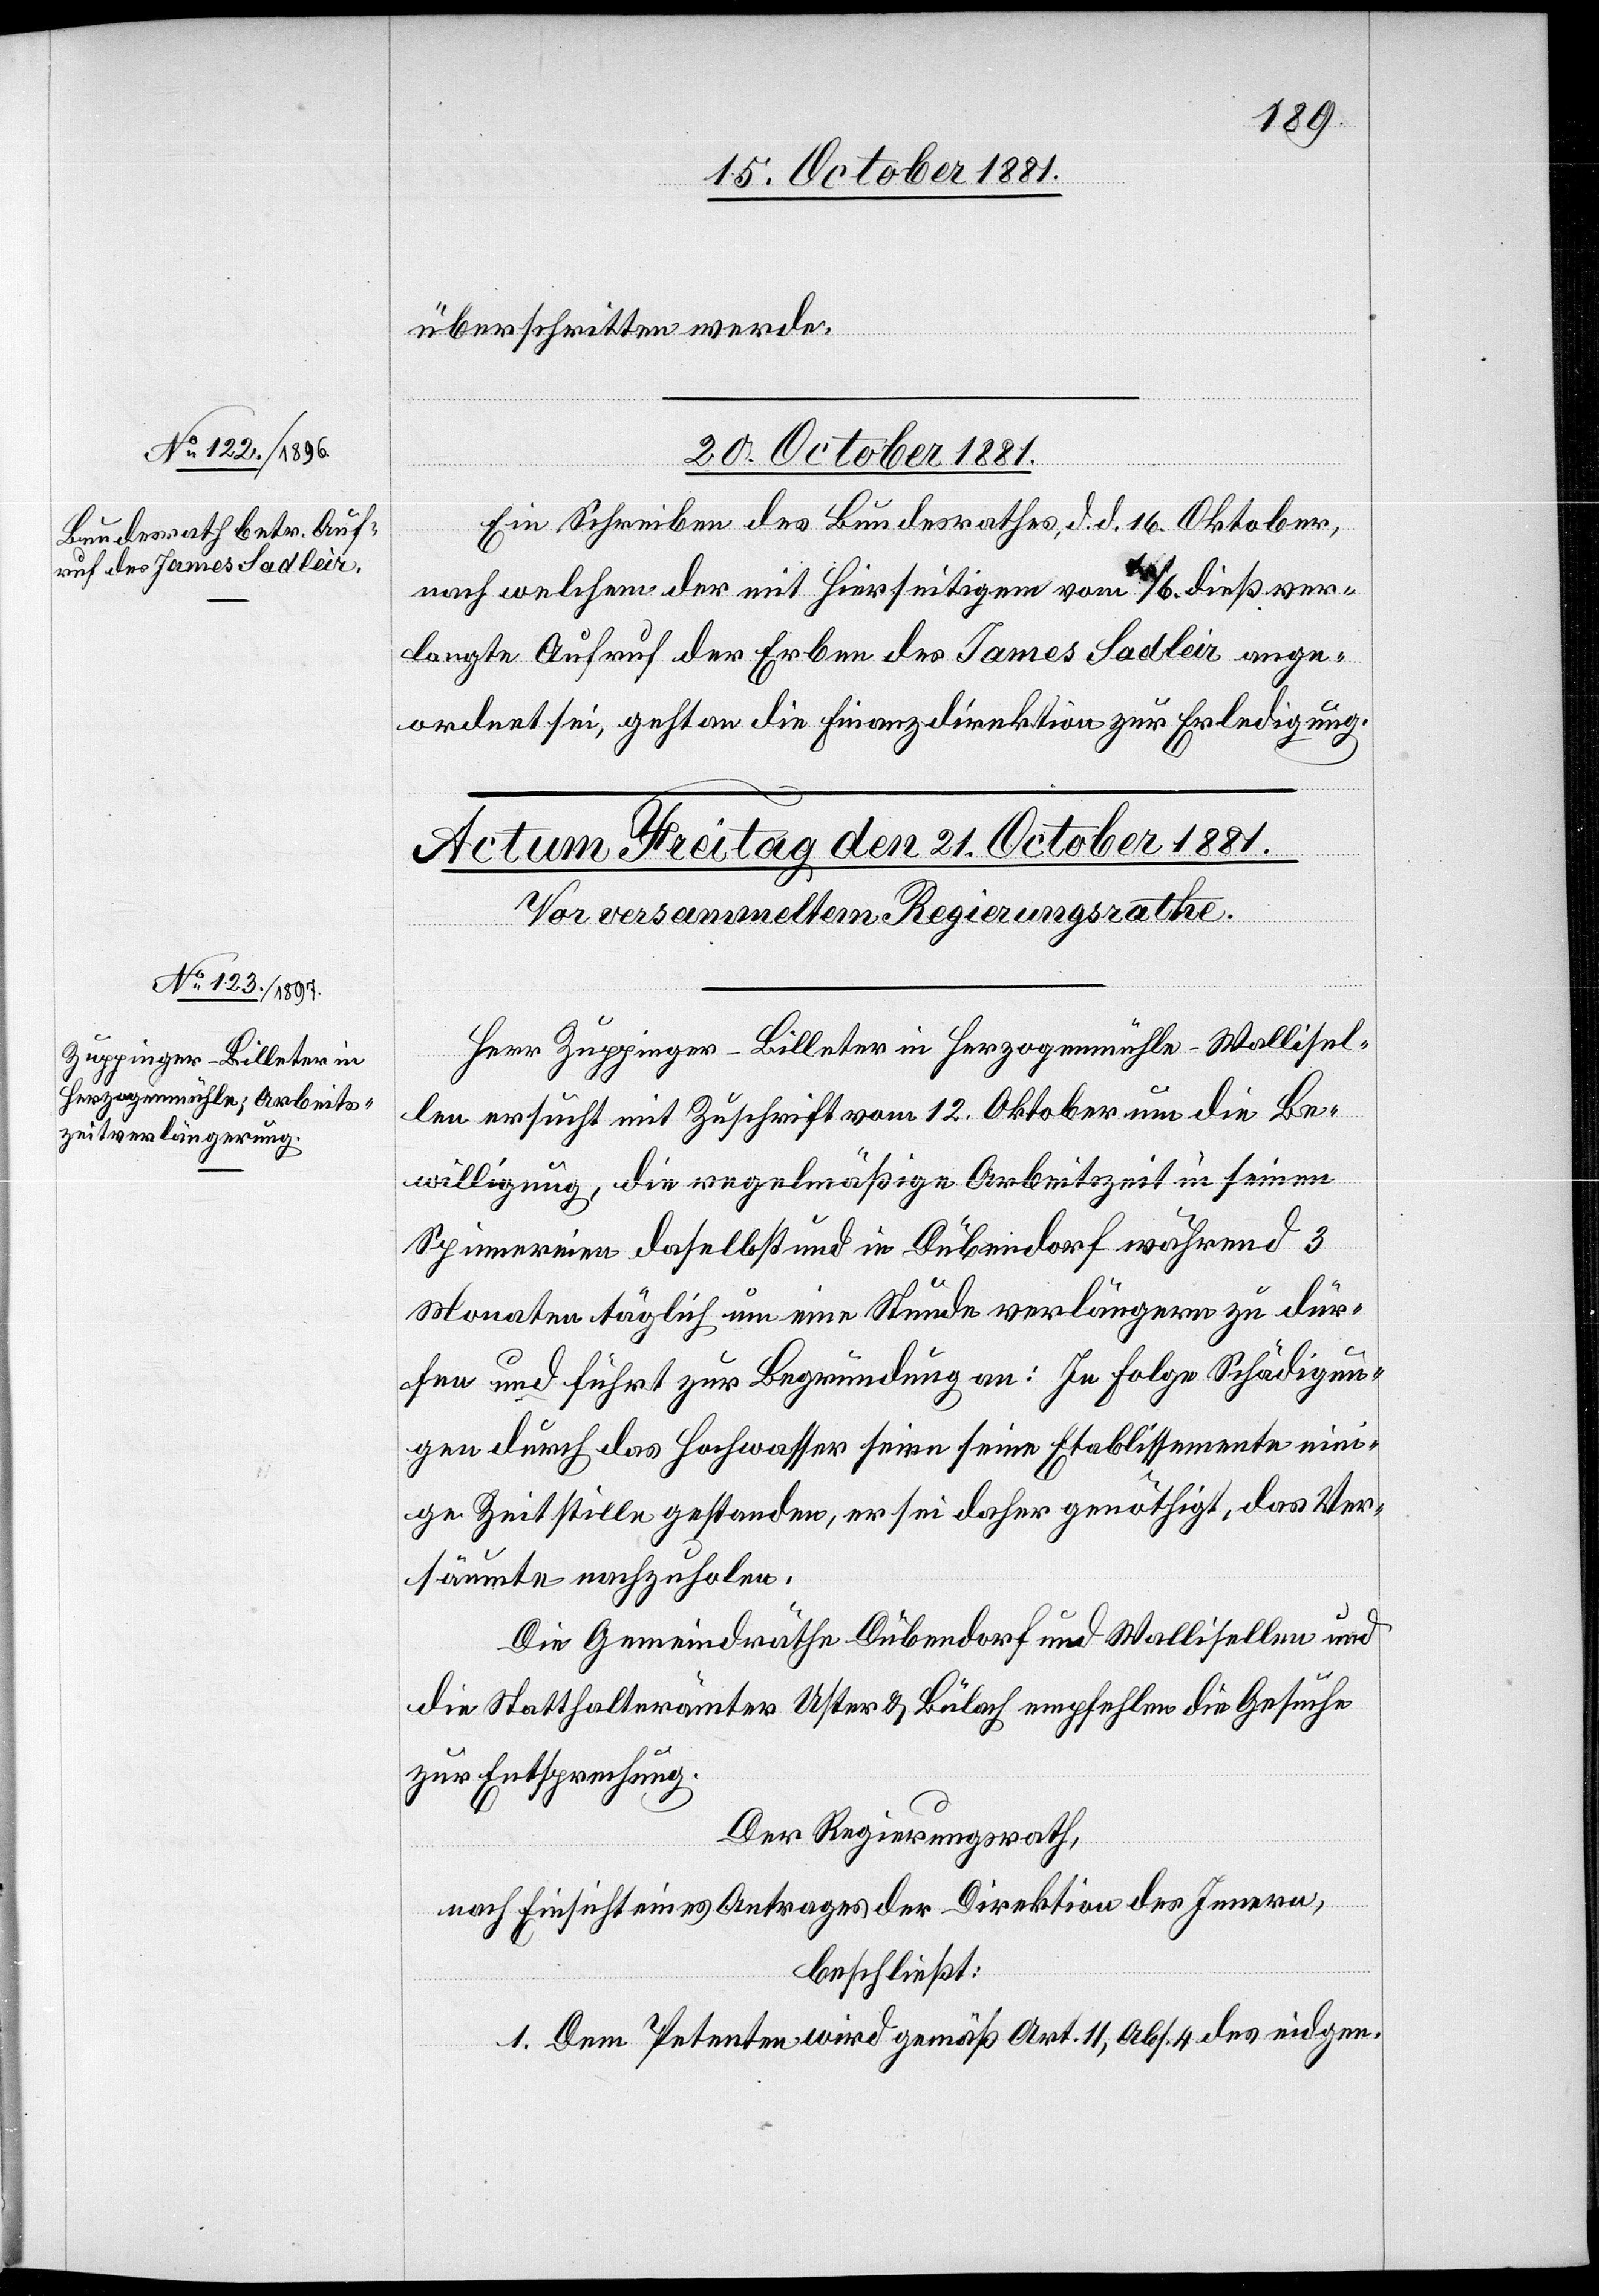
überschritten werde.
20. October 1881.
Ein Schreiben des Bundesrathes, d. d. 16. Oktober,
nach welchem der mit hierseitigem vom 10/6. dieß ver¬
langten Aufruf der Erben des James Sadleir ange¬
ordnet sei, geht an die Finanzdirektion zur Erledigung.
[Präsidial-Verfügungen]
Herr Zuppinger-Billeter in Herzogenmühle - Wallisel¬
len ersucht mit Zuschrift vom 12. Oktober um die Be¬
willigung, die regelmäßige Arbeitszeit in seinen
Spinnereien daselbst und in Dübendorf während 3
Monaten täglich um eine Stunde verlängern zu dür¬
fen und führt zur Begründung an: In Folge Schädigun¬
gen durch das Hochwasser seien seine Etablissemente ein¬
ige Zeit stille gestanden, er sei daher genöthigt, das Ver¬
säumte nachzuholen.
Die Gemeindräthe Dübendorf und Wallisellen und
die Statthalterämter Uster & Bülach empfehlen die Gesuche
zur Entsprechung.
Der Regierungsrath,
nach Einsicht eines Antrages Direktion des Innern,
beschließt:
1. Dem Petenten wird gemäß Art. 11, Abs. 4 des eidgen.